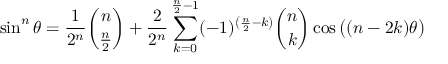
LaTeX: \sin ^ { n } \theta = { \frac { 1 } { 2 ^ { n } } } { \binom { n } { \frac { n } { 2 } } } + { \frac { 2 } { 2 ^ { n } } } \sum _ { k = 0 } ^ { { \frac { n } { 2 } } - 1 } ( - 1 ) ^ { \left( { \frac { n } { 2 } } - k \right) } { \binom { n } { k } } \cos { { \big ( } ( n - 2 k ) \theta { \big ) } }